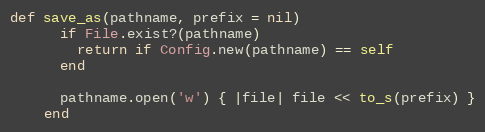
Language: Ruby
def save_as(pathname, prefix = nil)
      if File.exist?(pathname)
        return if Config.new(pathname) == self
      end

      pathname.open('w') { |file| file << to_s(prefix) }
    end